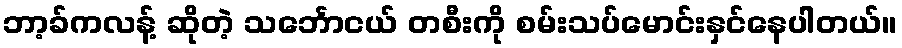
ဘာ့ခ်ကလန့် ဆိုတဲ့ သင်္ဘောငယ် တစီးကို စမ်းသပ်မောင်းနှင်နေပါတယ်။